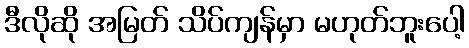
ဒီလိုဆို အမြတ် သိပ်ကျန်မှာ မဟုတ်ဘူးပေါ့